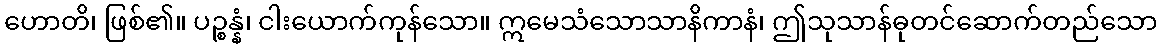
ဟောတိ၊ ဖြစ်၏။ ပဉ္စန္နံ၊ ငါးယောက်ကုန်သော။ ဣမေသံသောသာနိကာနံ၊ ဤသုသာန်ဓုတင်ဆောက်တည်သော